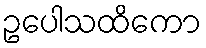
ဥပေါသထိကော